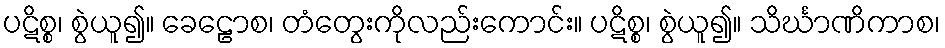
ပဋိစ္စ၊ စွဲယူ၍။ ခေဠောစ၊ တံတွေးကိုလည်းကောင်း။ ပဋိစ္စ၊ စွဲယူ၍။ သိင်္ဃာဏိကာစ၊